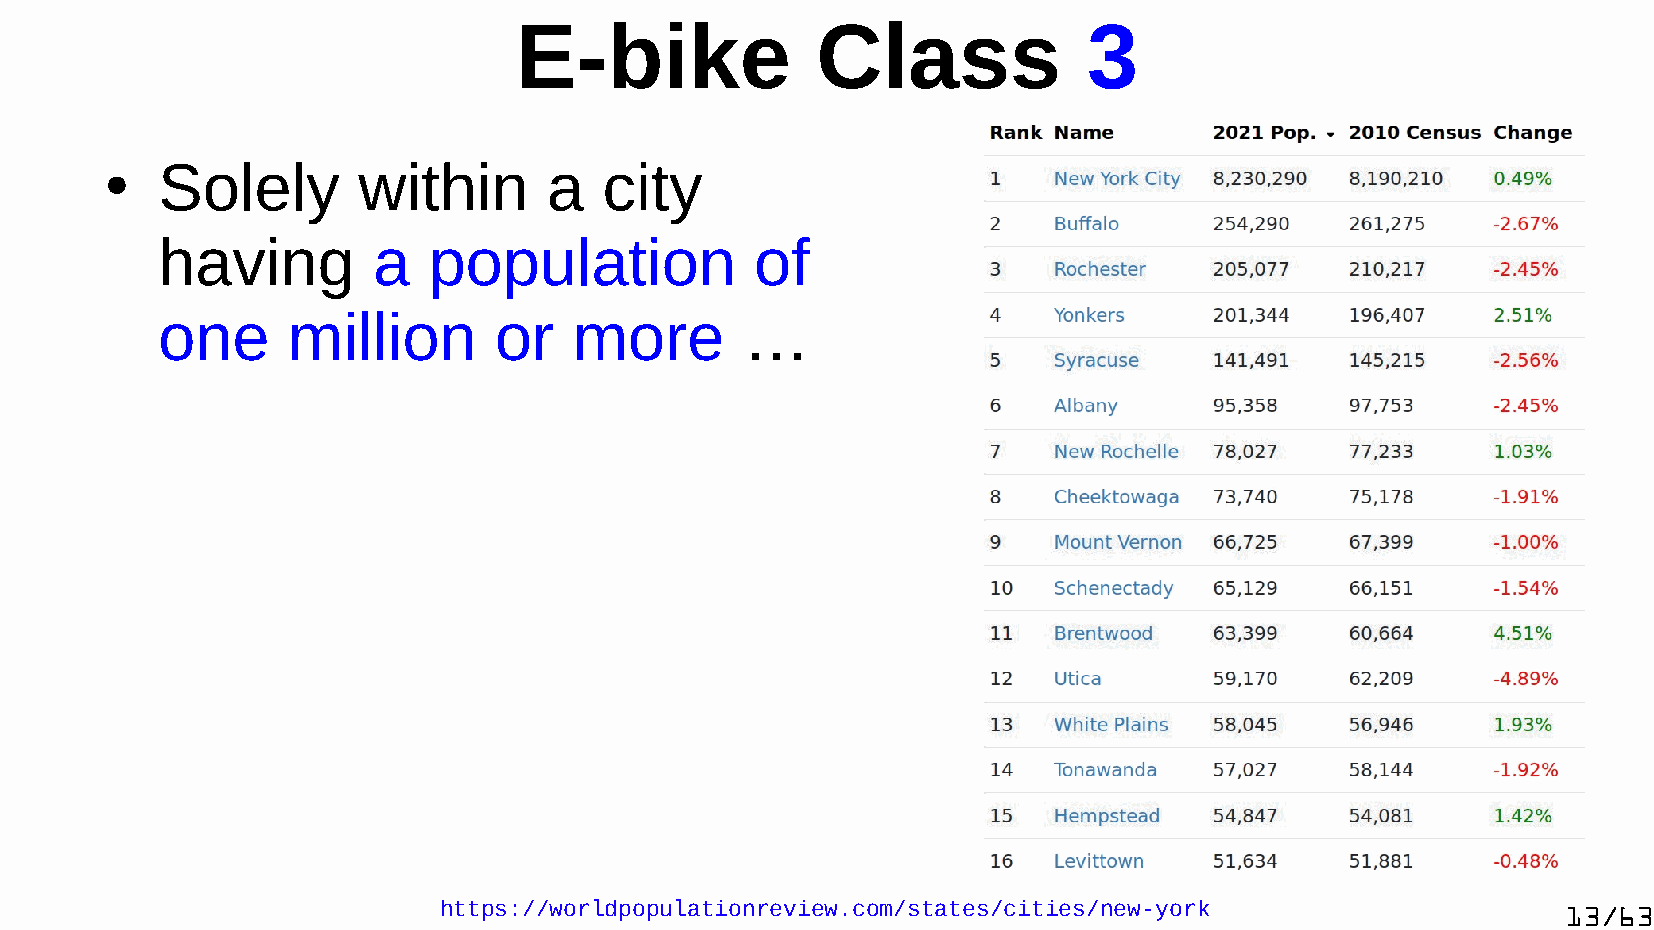
E-bike              Class             3
 Solely        within      a   city
 ●
 having         a  population            of
 one      million       or   more       …
 https://worldpopulationreview.com/states/cities/new-york                   13/63